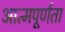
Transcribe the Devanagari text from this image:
आत्मपूर्णता